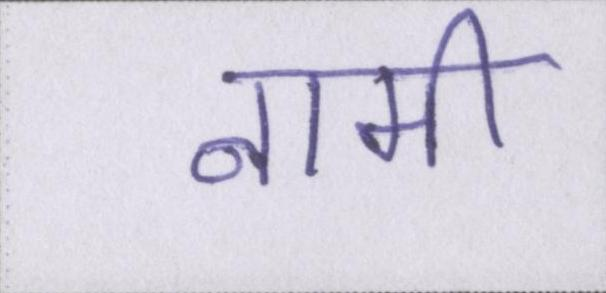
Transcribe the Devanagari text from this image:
नामी